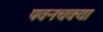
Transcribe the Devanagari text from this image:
पवनचक्या